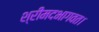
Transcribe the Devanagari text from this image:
श्रीमदभागवत।